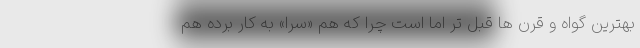
بهترین گواه و قرن ها قبل تر اما است چرا که هم «سرا» به کار برده هم